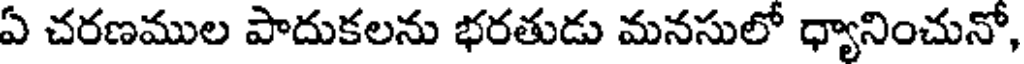
ఏ చరణముల పాదుకలను భరతుడు మనసులో ధ్యానించునో,